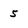
Character: 5